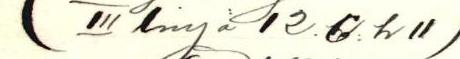
(III linja 12.C.h 11)